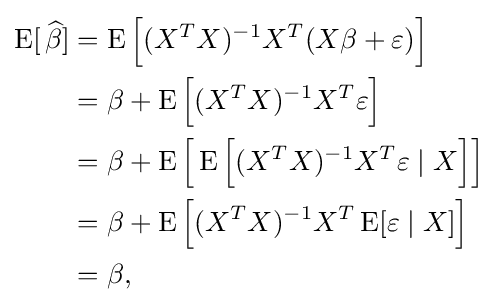
{\begin{aligned}\operatorname {E} [\,{\widehat {\beta }}]&=\operatorname {E} {\Big [}(X^{T}X)^{-1}X^{T}(X\beta +\varepsilon ){\Big ]}\\&=\beta +\operatorname {E} {\Big [}(X^{T}X)^{-1}X^{T}\varepsilon {\Big ]}\\&=\beta +\operatorname {E} {\Big [}\operatorname {E} {\Big [}(X^{T}X)^{-1}X^{T}\varepsilon \mid X{\Big ]}{\Big ]}\\&=\beta +\operatorname {E} {\Big [}(X^{T}X)^{-1}X^{T}\operatorname {E} [\varepsilon \mid X]{\Big ]}\\&=\beta ,\end{aligned}}